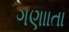
ગણાાતા